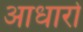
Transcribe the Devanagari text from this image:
आधारो